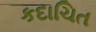
કદાચિત